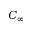
C _ { \infty }